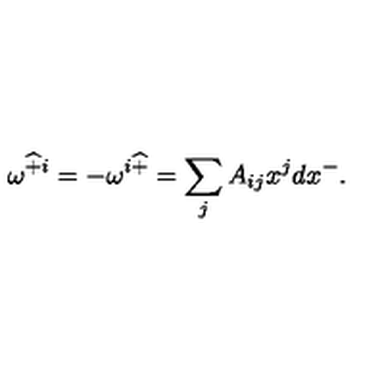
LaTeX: \omega ^ { \widehat { + } i } = - \omega ^ { i \widehat { + } } = \sum _ { j } A _ { i j } x ^ { j } d x ^ { - } .